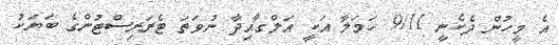
އެ މީހުން ދެކެނީ 9/11 ހަމަލާ އަކީ އަލްގާއިދާ ނުވަތަ ޓެރަރިސްޓުންގެ ބަޔަކު